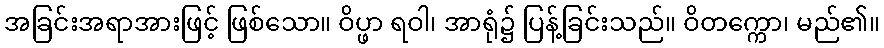
အခြင်းအရာအားဖြင့် ဖြစ်သော။ ဝိပ္ဖာ ရဝါ၊ အာရုံ၌ ပြန့်ခြင်းသည်။ ဝိတက္ကော၊ မည်၏။